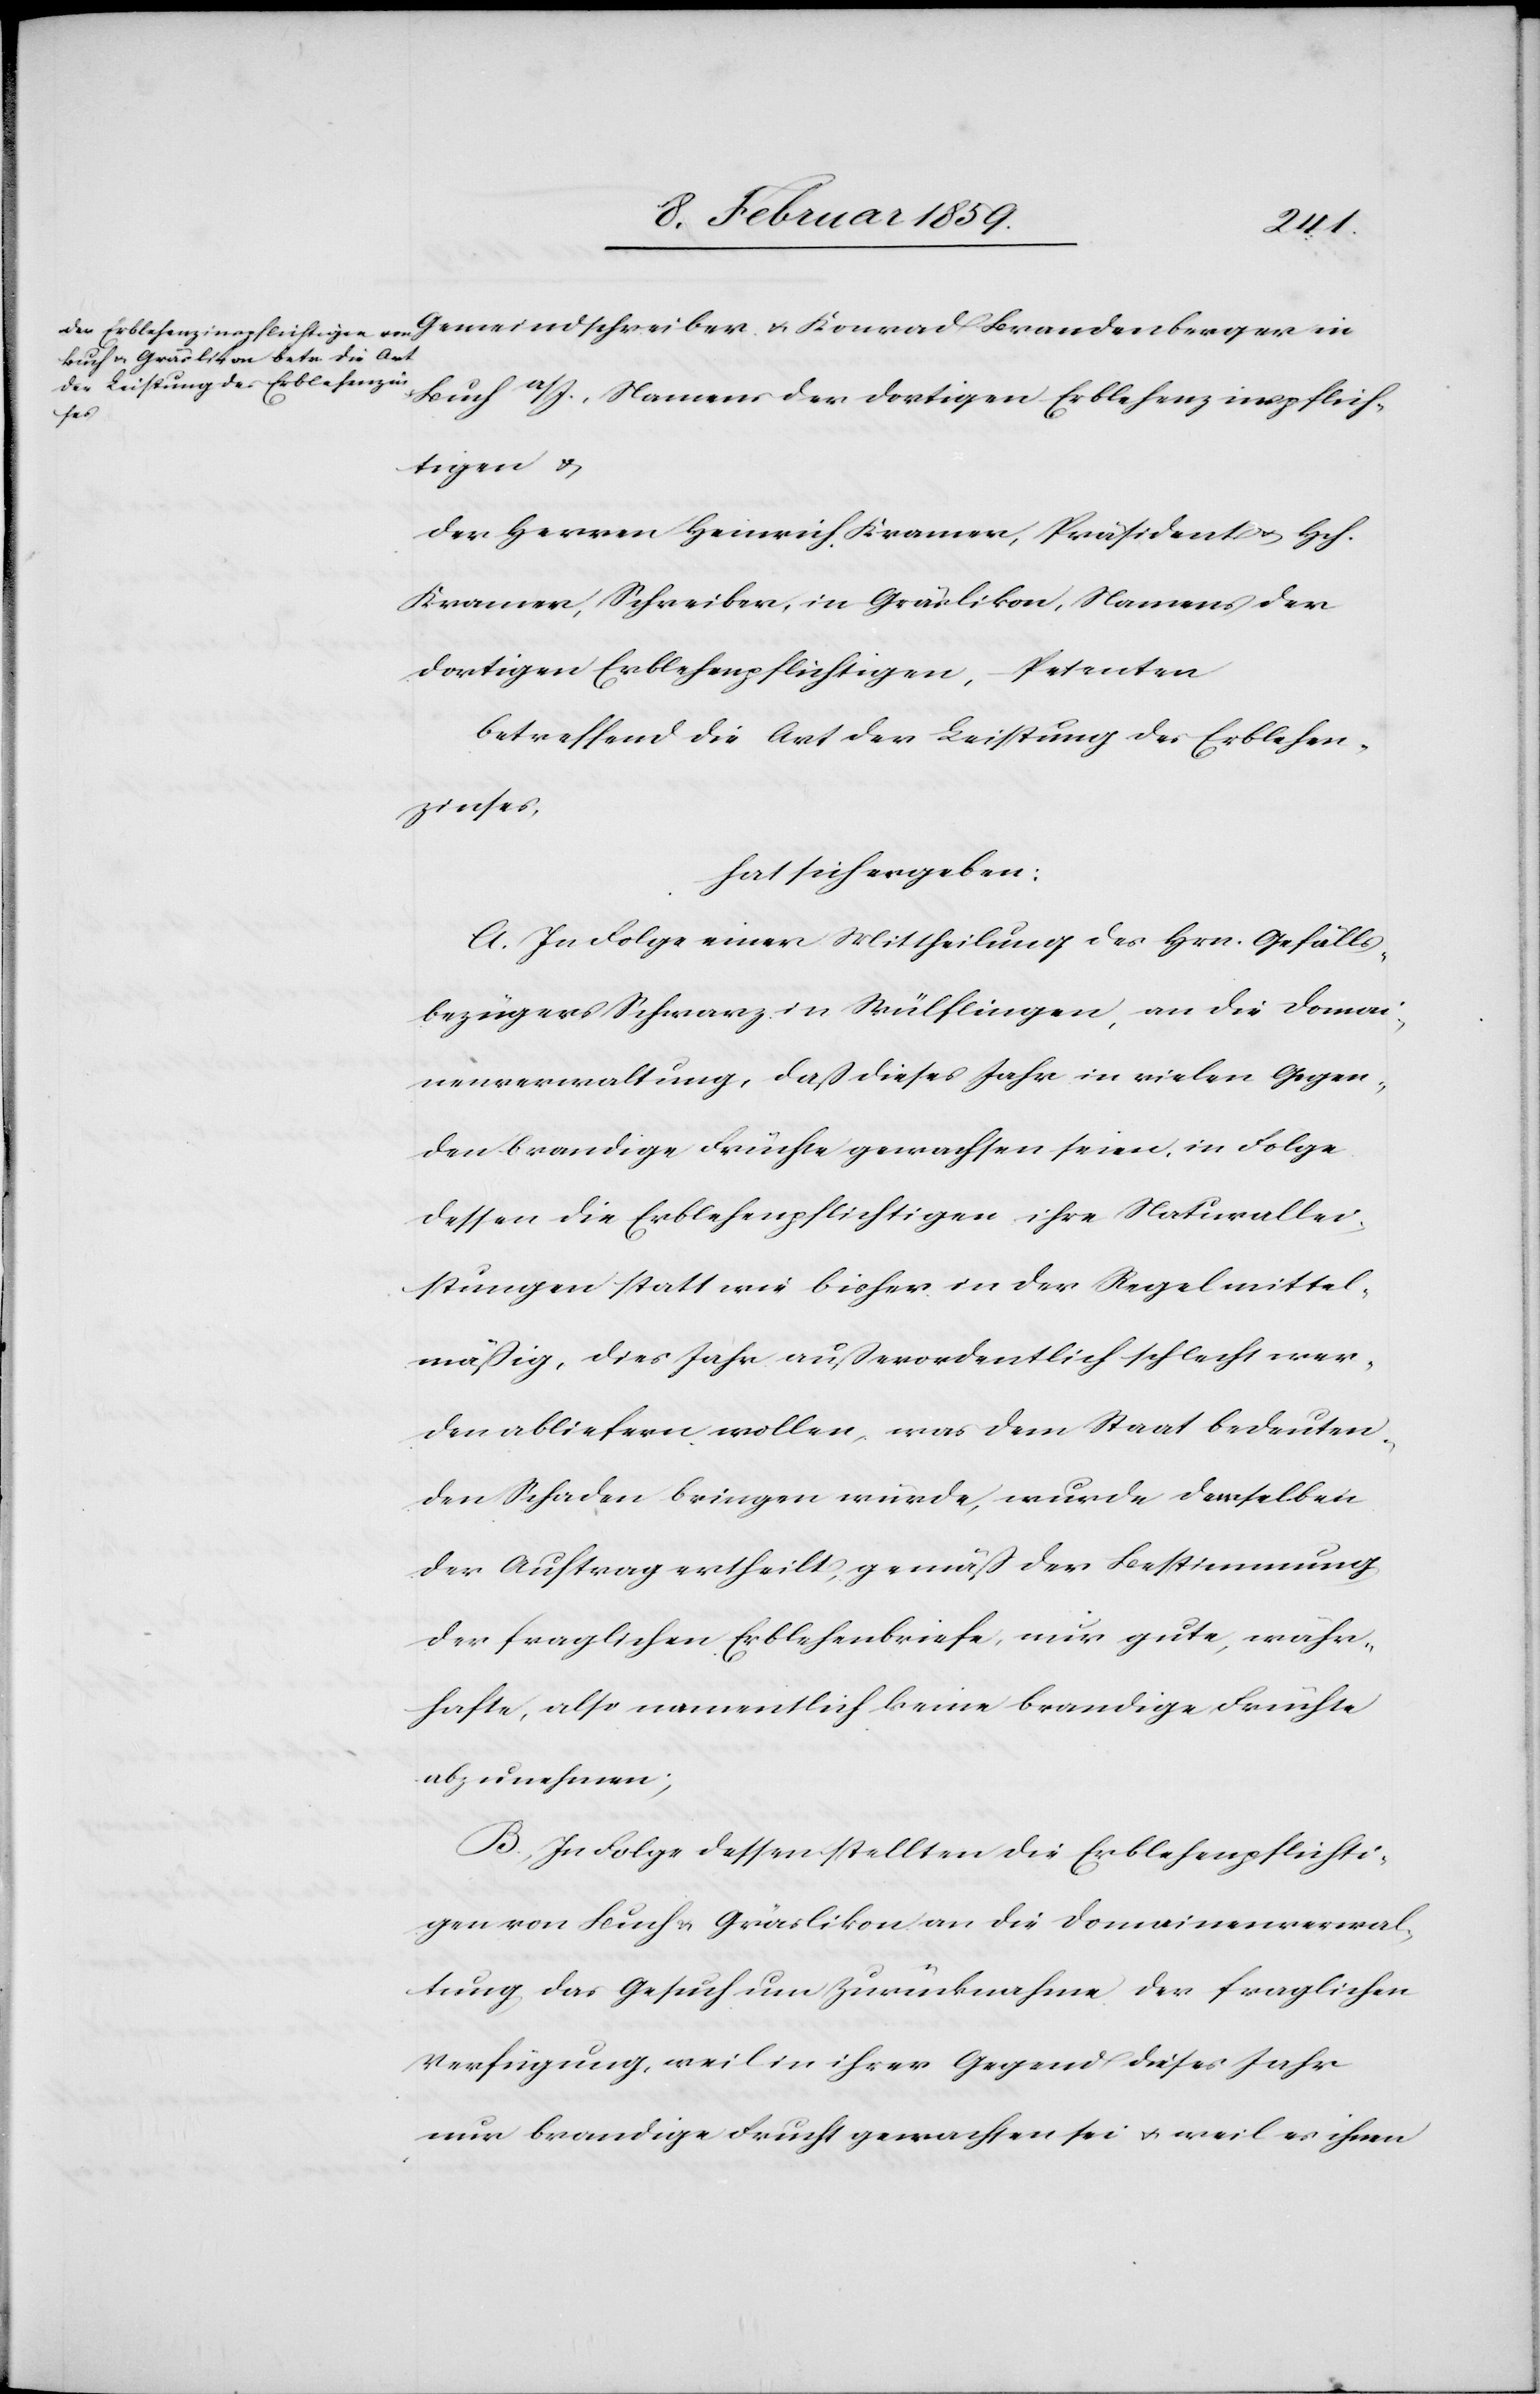
Buch a/I., Namens der dortigen Erblehenzinspflich¬
tigen u.
der Herrren Heinrich Kramer, Präsident u. Hch.
Kramer, Schreiber, in Gräslikon, Namens der
dortigen Erblehenpflichtigen, Petenten
betreffend die Art der Leistung des Erblehen¬
zinses,
hat sich ergeben:
A. In Folge einer Mittheilung des Hrn. Gefälls¬
bezügers Schwarz in Wülflingen, an die Domai¬
nenverwaltung, daß dieses Jahr in vielen Gegen¬
den brandige Früchte gewachsen seien, in Folge
dessen die Erblehenpflichtigen ihre Naturallei¬
stungen statt wie bisher in der Regel mittel¬
mäßg, dies Jahr außerordentlich schlecht wer¬
den abliefern wollen, was dem Staat bedeuten¬
den Schaden bringen würde, wurde demselben
der Auftrag ertheilt, gemäß der Bestimmung
der fraglichen Erblehenbriefe, nur gute, währ¬
hafte, also namentlich keine brandige Früchte
abzunehmen;
B. In Folge dessen stellten die Erblehenpflichti¬
gen von Buch u. Gräslikon an die Domainenverwal¬
tung das Gesuch um Zurücknahme der fraglichen
Verfügung, weil in ihrer Gegend dieses Jahr
nur brandige Frucht gewachsen sei u. weil es ihnen